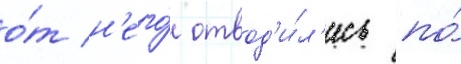
о́т н'его́ отвод'и́л'ись по́